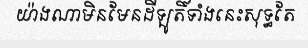
យ៉ាងណាមិនមែនដីឡូតិ៍ទាំងនេះសុទ្ធតែ